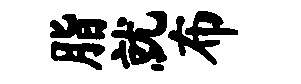
脂就布